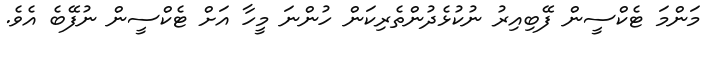
މަންމަ ޓެކްސީން ފޭބިއިރު ނުކުޅެދުންތެރިކަން ހުންނަ މީހާ އަށް ޓެކްސީން ނުފޭބެ އެވެ.